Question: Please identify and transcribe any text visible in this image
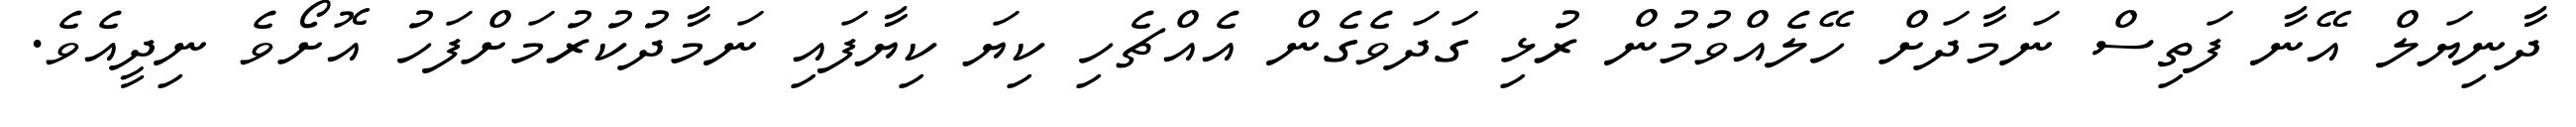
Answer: ދާނިޔަލް އޭނާ ފަތިސް ނަމާދަށް ހޭލެއްވުމުން ރުޅި ގަދަވެގެން އެއްޗެހި ކިޔަ ކިޔާފައި ނަމާދުކުރުމަށްފަހު އޮށޯވެ ނިދީއެވެ.